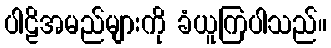
ပါဠိအမည်များကို ခံယူကြပါသည်။